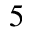
_ { 5 }